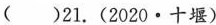
( )21.(2020·十堰)